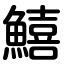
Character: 鱚